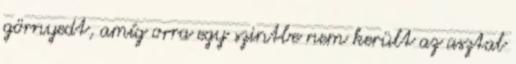
görnyedt, amíg orra egy szintbe nem került az asztal